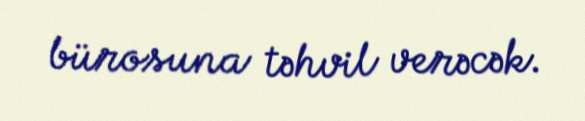
bürosuna təhvil verəcək.